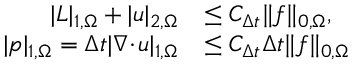
\begin{array} { r l } { | \ensuremath { L } | _ { 1 , \Omega } + | u | _ { 2 , \Omega } } & { \le C _ { \ensuremath { \Delta t } } \| f \| _ { 0 , \Omega } , } \\ { | p | _ { 1 , \Omega } = { \ensuremath { \Delta t } } | \nabla \! \cdot \! u | _ { 1 , \Omega } } & { \le C _ { \ensuremath { \Delta t } } { \ensuremath { \Delta t } } \| f \| _ { 0 , \Omega } } \end{array}